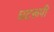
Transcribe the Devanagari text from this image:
घटरूपी